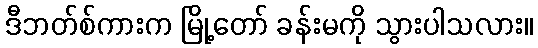
ဒီဘတ်စ်ကားက မြို့တော် ခန်းမကို သွားပါသလား။